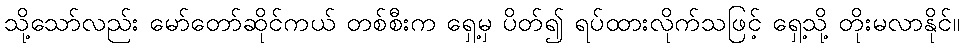
သို့သော်လည်း မော်တော်ဆိုင်ကယ် တစ်စီးက ရှေ့မှ ပိတ်၍ ရပ်ထားလိုက်သဖြင့် ရှေ့သို့ တိုးမလာနိုင်။